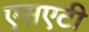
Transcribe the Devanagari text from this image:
एसएटी